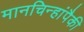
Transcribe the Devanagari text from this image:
मानचिन्हांपैकी